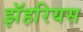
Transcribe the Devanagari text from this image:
झॅहरियस